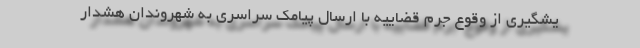
یشگیری از وقوع جرم قضاییه با ارسال پیامک سراسری به شهروندان هشدار